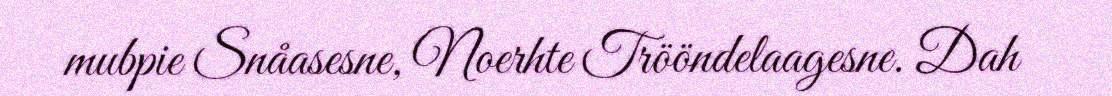
mubpie Snåasesne, Noerhte Trööndelaagesne. Dah